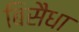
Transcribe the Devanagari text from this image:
बिसैधा